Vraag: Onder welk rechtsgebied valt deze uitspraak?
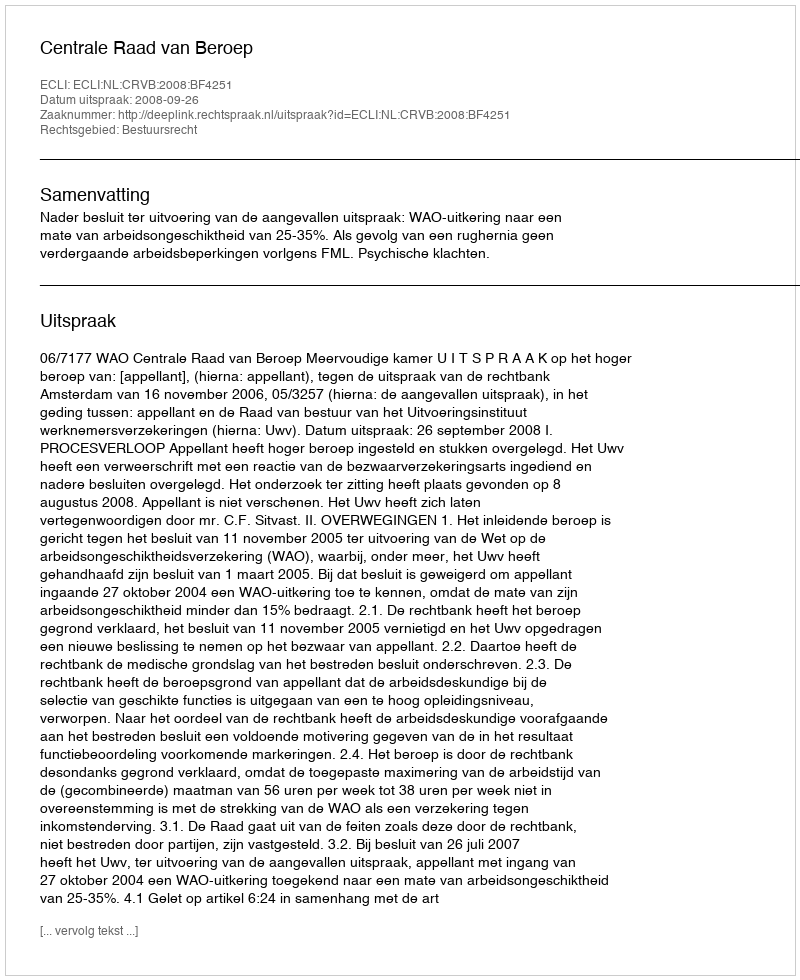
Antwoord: Bestuursrecht